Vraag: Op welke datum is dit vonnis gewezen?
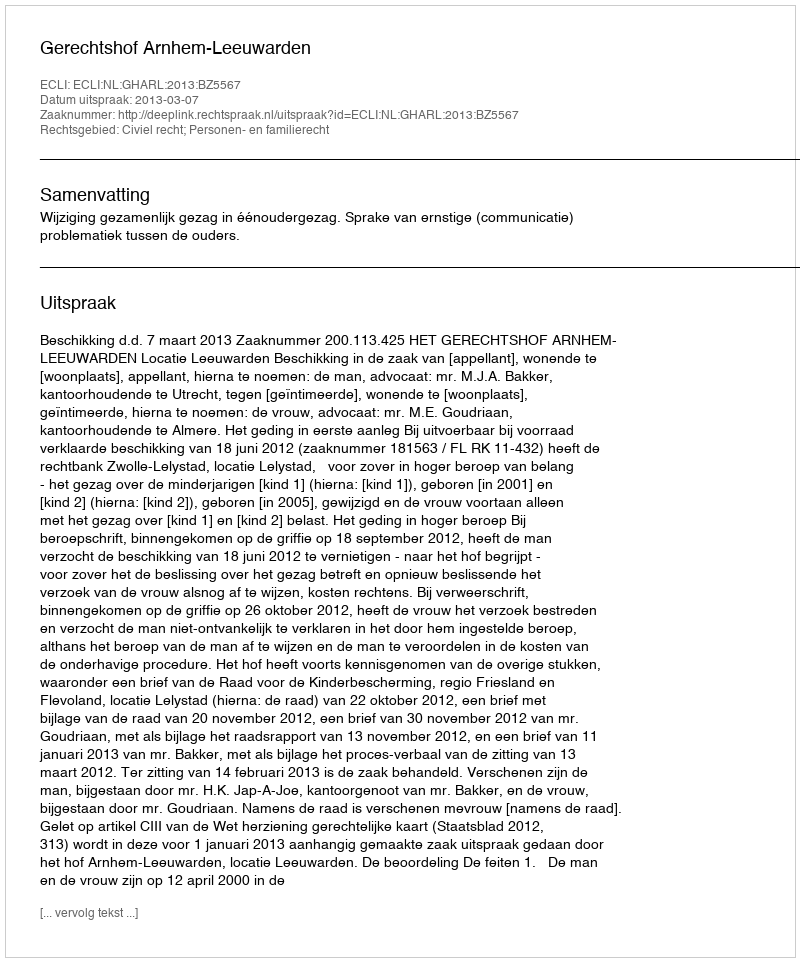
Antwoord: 2013-03-07